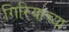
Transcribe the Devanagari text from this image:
गिरियाच्या